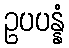
ဥပပန္နံ